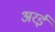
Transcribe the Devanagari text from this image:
अरई